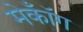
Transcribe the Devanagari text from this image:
मेकॉँग